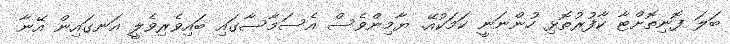
ބަލަ ފޮނިތޮށްޓާ ކާފުރުތޮޅި ހުންނަނީ ކަމަކުއޭ. ޔާމިންވެސް އެސަމާސާގައި ބައިވެރިވެލީ އަނގައިން އޭނާ